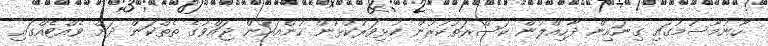
ހޫނުމޫސުމުގައި ގިނައިން ދާހިއްލުން ކަސްރަތުކުރުން ކުޅިވަރުކުޅުން ހުންއައުން ޖައްވުގެ ތެތްކަން ދަށް ވެއްޓެއްގައި